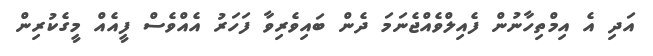
އަދި އެ އިމްތިހާނުން ފެެއިލްވެއްޖެނަމަ ދެން ބައިވެރިވާ ފަހަރު އެއްވެސް ފީއެއް މީގެކުރިން